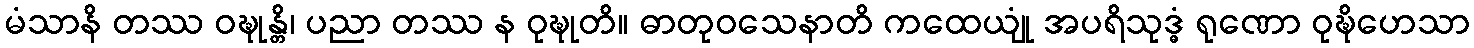
မံသာနိ တဿ ဝဍ္ဎုန္တိ၊ ပညာ တဿ န ဝုဍ္ဎုတိ။ ဓာတုဝသေနာတိ ကထေယျုံ အပရိသုဒ္ဓံ ရုဏော ဝုဍ္ဎိဟေသာ